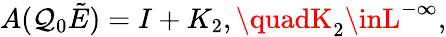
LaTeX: A(\mathcal{Q}_{0}\tilde{{E}})=I+K_{2},\quadK_{2}\inL^{-\infty},